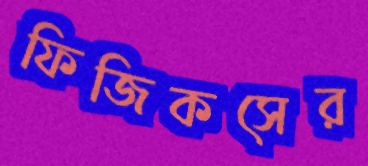
ফিজিকসের